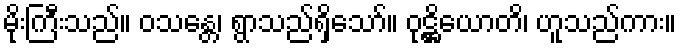
မိုးကြီးသည်။ ဝသန္တေ၊ ရွာသည်ရှိသော်။ ဝုဋ္ဌိယောတိ၊ ဟူသည်ကား။